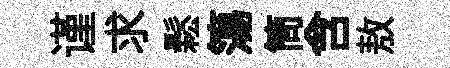
谨求鬆簜筒含敖